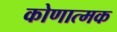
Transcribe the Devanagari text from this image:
कोणात्मक